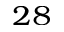
_ { 2 8 }